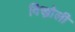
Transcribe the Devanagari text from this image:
विख्रोली